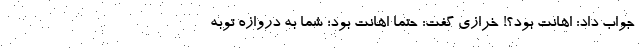
جواب داد: اهانت بود؟! خرازی گفت: حتما اهانت بود؛ شما به دروازه توبه